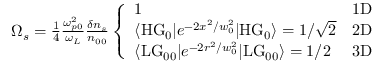
\begin{array} { r } { \Omega _ { s } = \frac { 1 } { 4 } \frac { \omega _ { p 0 } ^ { 2 } } { \omega _ { L } } \frac { \delta n _ { s } } { n _ { 0 0 } } \left\{ \begin{array} { l l } { 1 } & { \mathrm { 1 D } } \\ { \langle \mathrm { H G } _ { 0 } | e ^ { - 2 x ^ { 2 } / w _ { 0 } ^ { 2 } } | \mathrm { H G } _ { 0 } \rangle = 1 / \sqrt { 2 } } & { \mathrm { 2 D } } \\ { \langle \mathrm { L G } _ { 0 0 } | e ^ { - 2 r ^ { 2 } / w _ { 0 } ^ { 2 } } | \mathrm { L G } _ { 0 0 } \rangle = 1 / 2 } & { \mathrm { 3 D } } \end{array} \right. } \end{array}